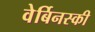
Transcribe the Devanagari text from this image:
वेर्बिनस्की